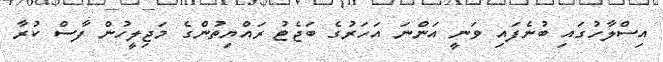
އިސްލާހުގައި ބުނެފައި ވަނީ އަންނަ އަހަރުގެ ބަޖެޓު ރައްޔިތުންގެ މަޖިލީހުން ފާސް ކުރާ